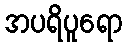
အပရိပူရော